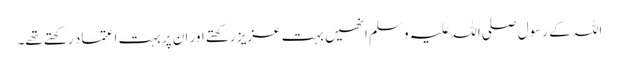
اللہ کے رسول صلی اللہ علیہ و سلم انھیں بہت عزیز رکھتے اور ان پر بہت اعتماد رکھتے تھے۔